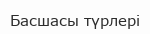
Басшасы түрлері